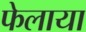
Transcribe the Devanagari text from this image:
फेलाया